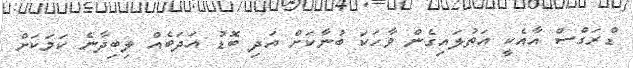
ޑްރަގްސް އާއެކީ އަތުލައިގެން ވާހަކަ ބުނާކަށް އަދި ބޮޑު އަދަބެއް ލިބިދާނެ ކަމަކަށް